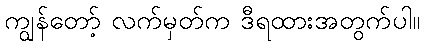
ကျွန်တော့် လက်မှတ်က ဒီရထားအတွက်ပါ။